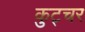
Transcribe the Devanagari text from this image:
कुट्चर